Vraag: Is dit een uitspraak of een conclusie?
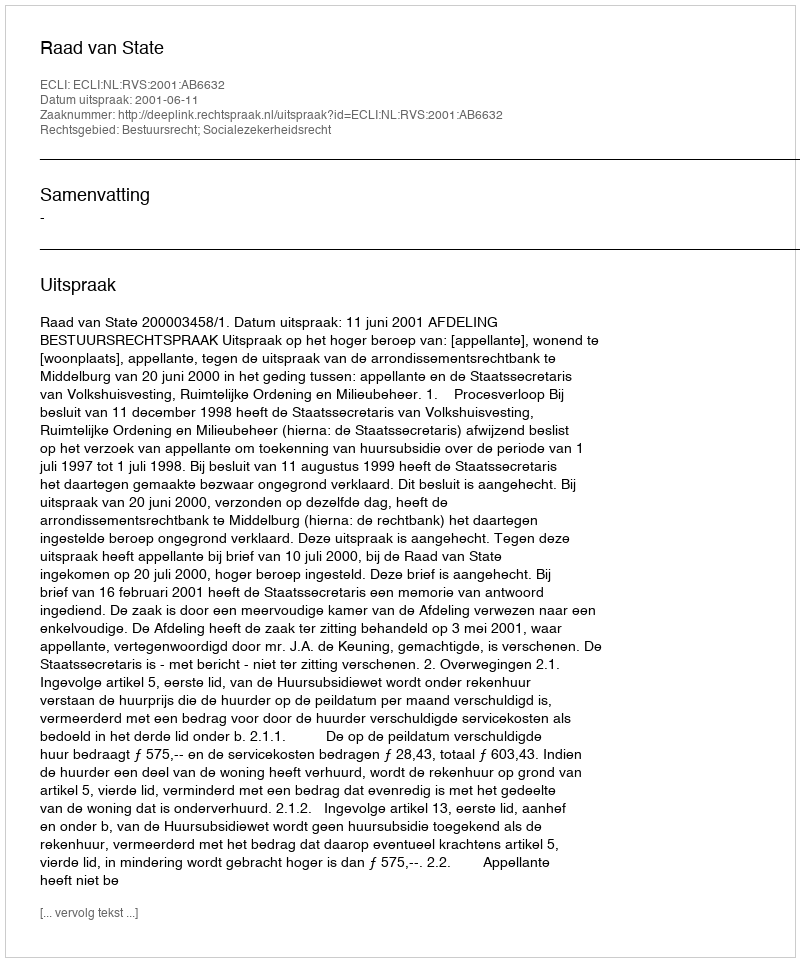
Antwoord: Uitspraak